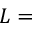
L =